Annual report on the working of the mental hospitals in the Madras Presidency - 1912-1932
Year: 1912
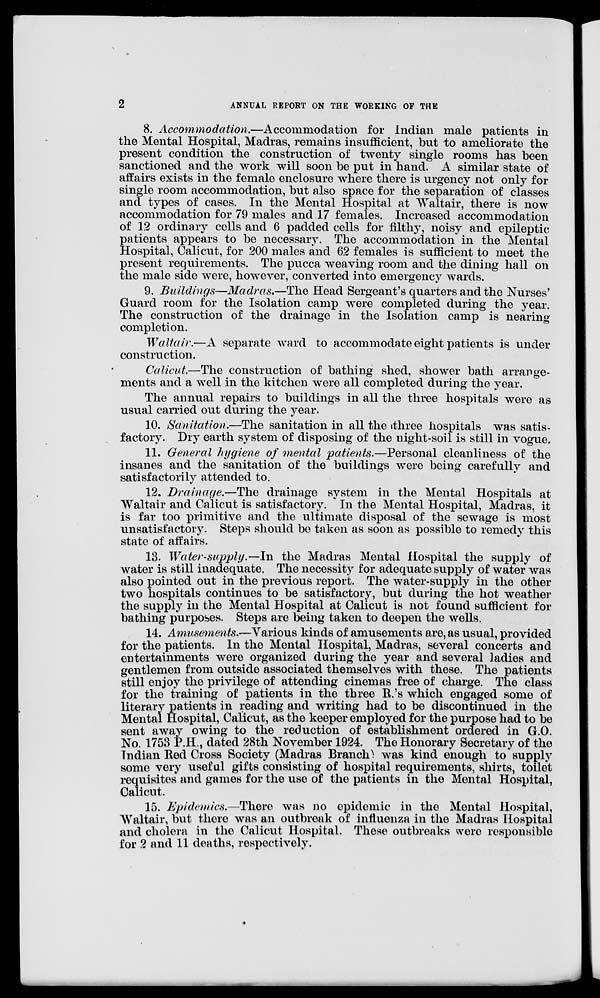
2
ANNUAL REPORT ON THE WORKING OF THE
8. Accommodation.—Accommodation for Indian male patients in
the Mental Hospital, Madras, remains insufficient, but to ameliorate the
present condition the construction of twenty single rooms has been
sanctioned and the work will soon be put in hand. A similar state of
affairs exists in the female enclosure where there is urgency not only for
single room accommodation, but also space for the separation of classes
and types of cases. In the Mental Hospital at Waltair, there is now
accommodation for 79 males and 17 females. Increased accommodation
of 12 ordinary cells and 6 padded cells for filthy, noisy and epileptic
patients appears to be necessary. The accommodation in the Mental
Hospital, Calicut, for 200 males and 62 females is sufficient to meet the
present requirements. The pucca weaving room and the dining hall on
the male side were, however, converted into emergency wards.
9. Buildings—Madras.—The Head Sergeant's quarters and the Nurses'
Guard room for the Isolation camp were completed during the year.
The construction of the drainage in the Isolation camp is nearing
completion.
Waltair.—A separate ward to accommodate eight patients is under
construction.
Calicut.—The construction of bathing shed, shower bath arrange-
ments and a well in the kitchen were all completed during the year.
The annual repairs to buildings in all the three hospitals were as
usual carried out during the year.
10. Sanitation.—The sanitation in all the three hospitals was satis-
factory. Dry earth system of disposing of the night-soil is still in vogue.
11. General hygiene of mental patients.—Personal cleanliness of the
insanes and the sanitation of the buildings were being carefully and
satisfactorily attended to.
12. Drainage.—The drainage system in the Mental Hospitals at
Waltair and Calicut is satisfactory. In the Mental Hospital, Madras, it
is far too primitive and the ultimate disposal of the sewage is most
unsatisfactory. Steps should be taken as soon as possible to remedy this
state of affairs.
13. Water-supply.—In the Madras Mental Hospital the supply of
water is still inadequate. The necessity for adequate supply of water was
also pointed out in the previous report. The water-supply in the other
two hospitals continues to be satisfactory, but during the hot weather
the supply in the Mental Hospital at Calicut is not found sufficient for
bathing purposes. Steps are being taken to deepen the wells.
14. Amusements.—Various kinds of amusements are, as usual, provided
for the patients. In the Mental Hospital, Madras, several concerts and
entertainments were organized during the year and several ladies and
gentlemen from outside associated themselves with these. The patients
still enjoy the privilege of attending cinemas free of charge. The class
for the training of patients in the three R.'s which engaged some of
literary patients in reading and writing had to be discontinued in the
Mental Hospital, Calicut, as the keeper employed for the purpose had to be
sent away owing to the reduction of establishment ordered in G.O.
No. 1753 P.H., dated 28th November 1924. The Honorary Secretary of the
Indian Red Cross Society (Madras Branch) was kind enough to supply
some very useful gifts consisting of hospital requirements, shirts, toilet
requisites and games for the use of the patients in the Mental Hospital,
Calicut.
15. Epidemics.—There was no epidemic in the Mental Hospital,
Waltair, but there was an outbreak of influenza in the Madras Hospital
and cholera in the Calicut Hospital. These outbreaks were responsible
for 2 and 11 deaths, respectively.